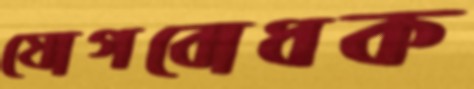
যোগবোধক